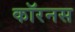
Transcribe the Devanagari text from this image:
कॉरनस